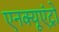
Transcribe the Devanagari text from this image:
एनक्यूएंट्रो